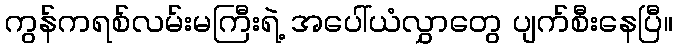
ကွန်ကရစ်လမ်းမကြီးရဲ့ အပေါ်ယံလွှာတွေ ပျက်စီးနေပြီ။